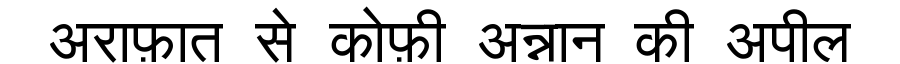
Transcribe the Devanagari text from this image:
अराफ़ात से कोफ़ी अन्नान की अपील